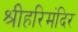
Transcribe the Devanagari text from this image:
श्रीहरिमंदिर